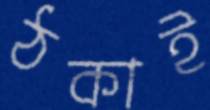
ঠকাই